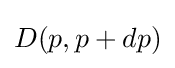
D(p,p+dp)